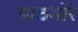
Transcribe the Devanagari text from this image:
पाठमोरे